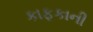
કાફકાની